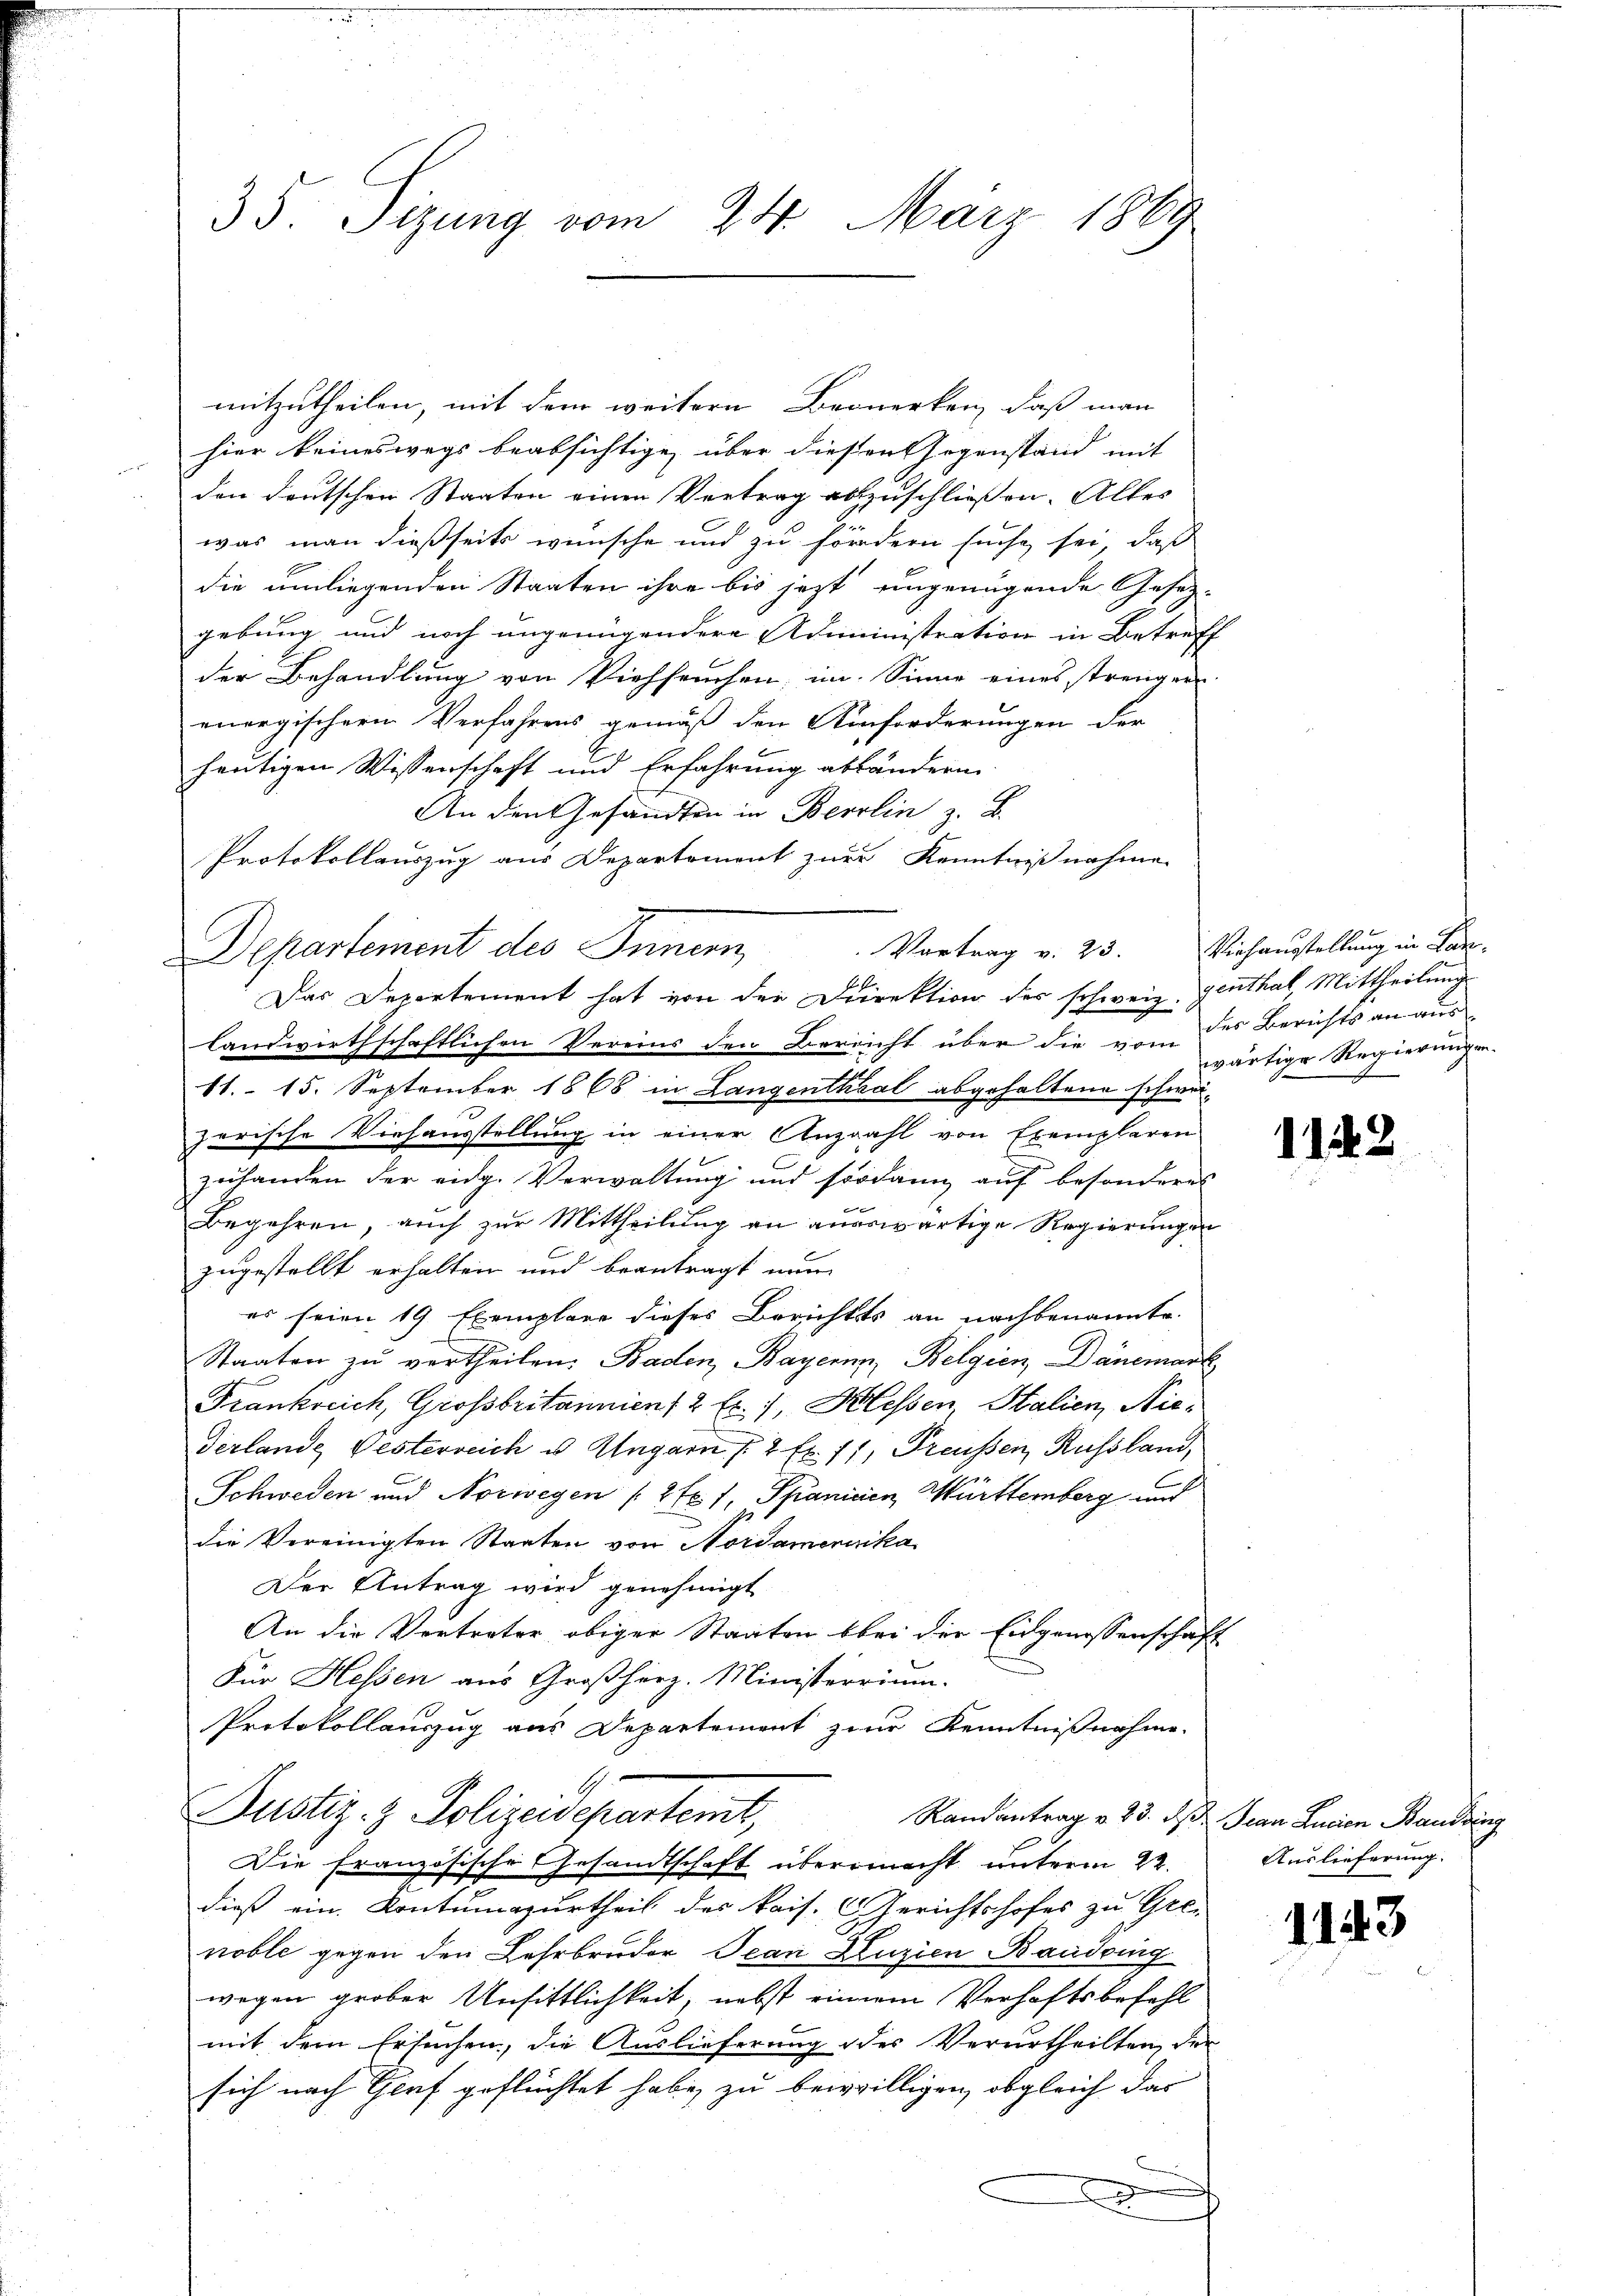
35. Sizung vom 24. März 1869

mitzutheilen, mit dem weitern Bernerken, daß man
hier keineswegs beabsichtige, über diesen Gegenstand mit
den deutschen Staaten einen Vertrag abzuschließen. Alles
was man dießseits wünsche und zu fördern suche sei, daß
die umliegenden Staaten ihre bis jetzt ungenügende Gesetz-
gebung und noch ungenügendere Administration in Betreff
der Behandlung von Viehseuchen, im Sinne eines strenger
energischern Verfahrens gemäß den Umforderungen der
heutigen Wissenschaft und Erfahrung abländern.
An den Gesandten in Berlin z. B.
Protokollauszug aus Departement zur Kenntnißnahme.
landwirthschaftlichen Vereins den Bereicht über die des Berichts an aus-
11. 15. September 1868 in Langenthal abgehaltene schweizerische Viehausstellung in einer Anzahl von Exemplaren
zuhanden der eidg. Verwaltung und sodann auf besonderes
Begehren, auch zur Mittheilung an auswärtige Regierungen
zugestellt erhalten und beantragt nun
es seien 19 Exemplare dieses Berichts an nachbenannte.
Staaten zu vertheilen. Baden, Bayern, Belgien, Dänemark
Frankreich, Großbritannien, 2 Ex. 1, Klassen, Stalien, Nie¬
Verlang Festerreich u Ungarn 2 fr. 71, Preußen Russland,
Schweden und Norwegen 2 Fr. 1, Spanicien, Württemberg und
die Vereinigten Staaten von Nordamenerika
Der Antrag wird genehmigt
An die Vertreter obiger Staaten bei der Eidgenossenschaft
Für Hessen aus Großherz. Ministerrium.
Protokollauszug aus Departement zur Kenntnißnahme.
Justiz- & Polizeidepartemt,
Randantrag v. 23. d. Jean Lucian Bandenz
Die Französische Gesandtschaft übermacht unterm 22. Auslieferung.
dieß ein Kontumazurtheil des kais. (Gerichtshofes zu Gre-
noble gegen den Lehrbruder Jean Zuzien Baudring
wegen grober Unsittlichkeit, nebst einem Verhaftsbefehl
mit dem Ersuchen, die Auslieferung des Verurtheilten, der
sich nach Graf geflüchtet habe, zu bewilligen, obgleich das
x

Departement des Innern, Vortrag v. 23. Viehaustellung in Han¬
E
Das Departement hat von der Direktion der schweiz. Genthal, Mittheilung

wärtige Regierungen.

1143

1143